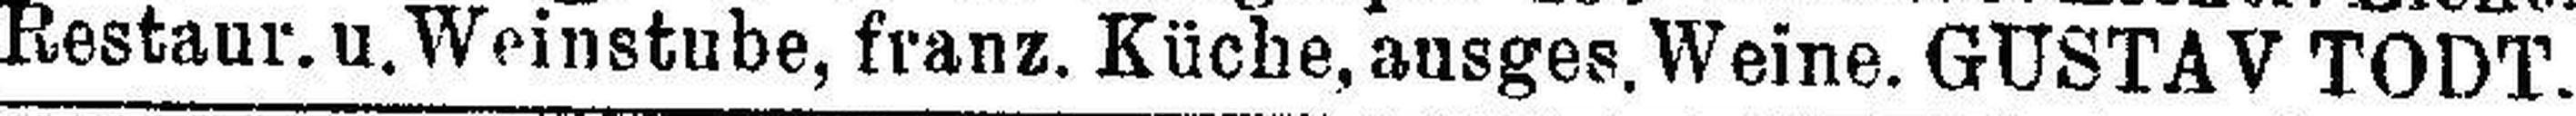
Restaur. u. Weinstube, franz. Küche, ausges. Weine. GUSTAV TODT.